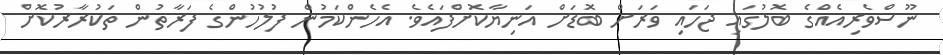
ނޫސްވެރިއެއްގެ ބޮލުގައި ޖަހައި ވަރަށް ބޮޑަށް އަނިޔާކޮށްފައެވެ. އެހެންކަމުން ފުލުހުންގެ ފަރާތުން ތަކުރާރުކޮށް